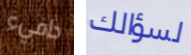
دافيء لسؤالك